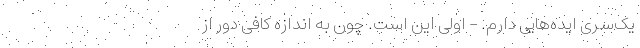
یک‌سری ایده‌هایی دارم. - اولی این است. چون به اندازه کافی دور از